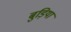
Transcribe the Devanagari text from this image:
बुड़िया